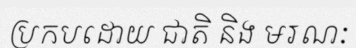
ប្រកបដោយ ជាតិ និង មរណៈ